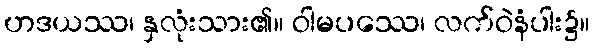
ဟဒယဿ၊ နှလုံးသား၏။ ဝါမပဿေ၊ လက်ဝဲနံပါး၌။